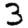
Digit: 3